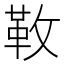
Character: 𩉩